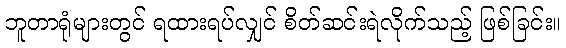
ဘူတာရုံများတွင် ရထားရပ်လျှင် စိတ်ဆင်းရဲလိုက်သည့် ဖြစ်ခြင်း။